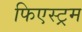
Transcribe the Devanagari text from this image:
फिएस्ट्रम